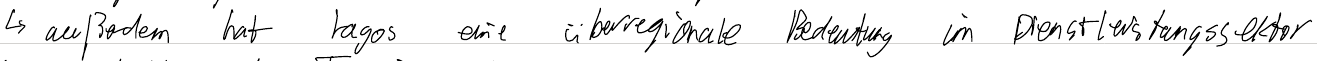
-> außerdem hat Lagos eine überregionale Bedeutung im Dienstleistungssektor